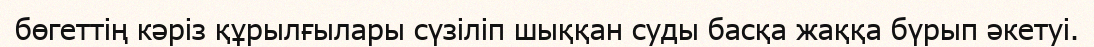
бөгеттің кәріз құрылғылары сүзіліп шыққан суды басқа жаққа бүрып әкетуі.